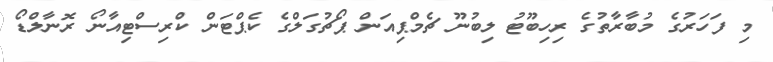
މި ފަހަރުގެ މުބާރާތުގެ ރިހިބޫޓު ލިބުނޫ ޗެމްޕިއަން ޕޯޗުގަލްގެ ކެޕްޓަން ކްރިސްޓިއާނޯ ރޮނާލްޑޯ